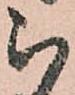
被